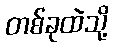
တစ်ခုထဲသို့